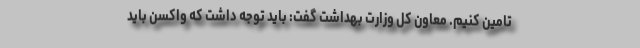
تامین کنیم. معاون کل وزارت بهداشت گفت: باید توجه داشت که واکسن باید